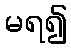
မရ၍